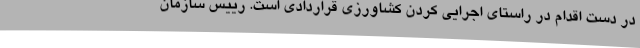
در دست اقدام در راستای اجرایی کردن کشاورزی قراردادی است. رییس سازمان